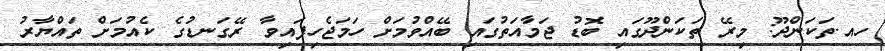
ހއ.ތަކަންދޫ: މިރޭ ތަކަންދޫގައި ބޮޑު ޖަމާއަތުގައި ބޭއްވުމަށް ހަމަޖެހިފައިވާ ރޭގަނޑުގެ ކެއުމަށް ތައްޔާރު